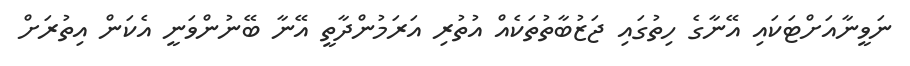
ނަވީނާއަށްޓަކައި އޭނާގެ ހިތުގައި ޖަޒުބާތުތަކެއް އުތުރި އަރަމުންދާތީ އޭނާ ބޭނުންވަނީ އެކަން އިތުރަށް